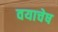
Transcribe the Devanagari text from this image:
वयाचेष